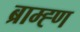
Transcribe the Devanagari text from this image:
ब्राम्ह्ण